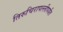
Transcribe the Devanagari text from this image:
तिरुचिरापल्लीपर्यंत